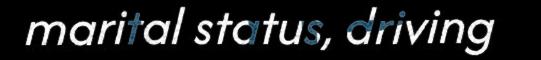
marital status, driving